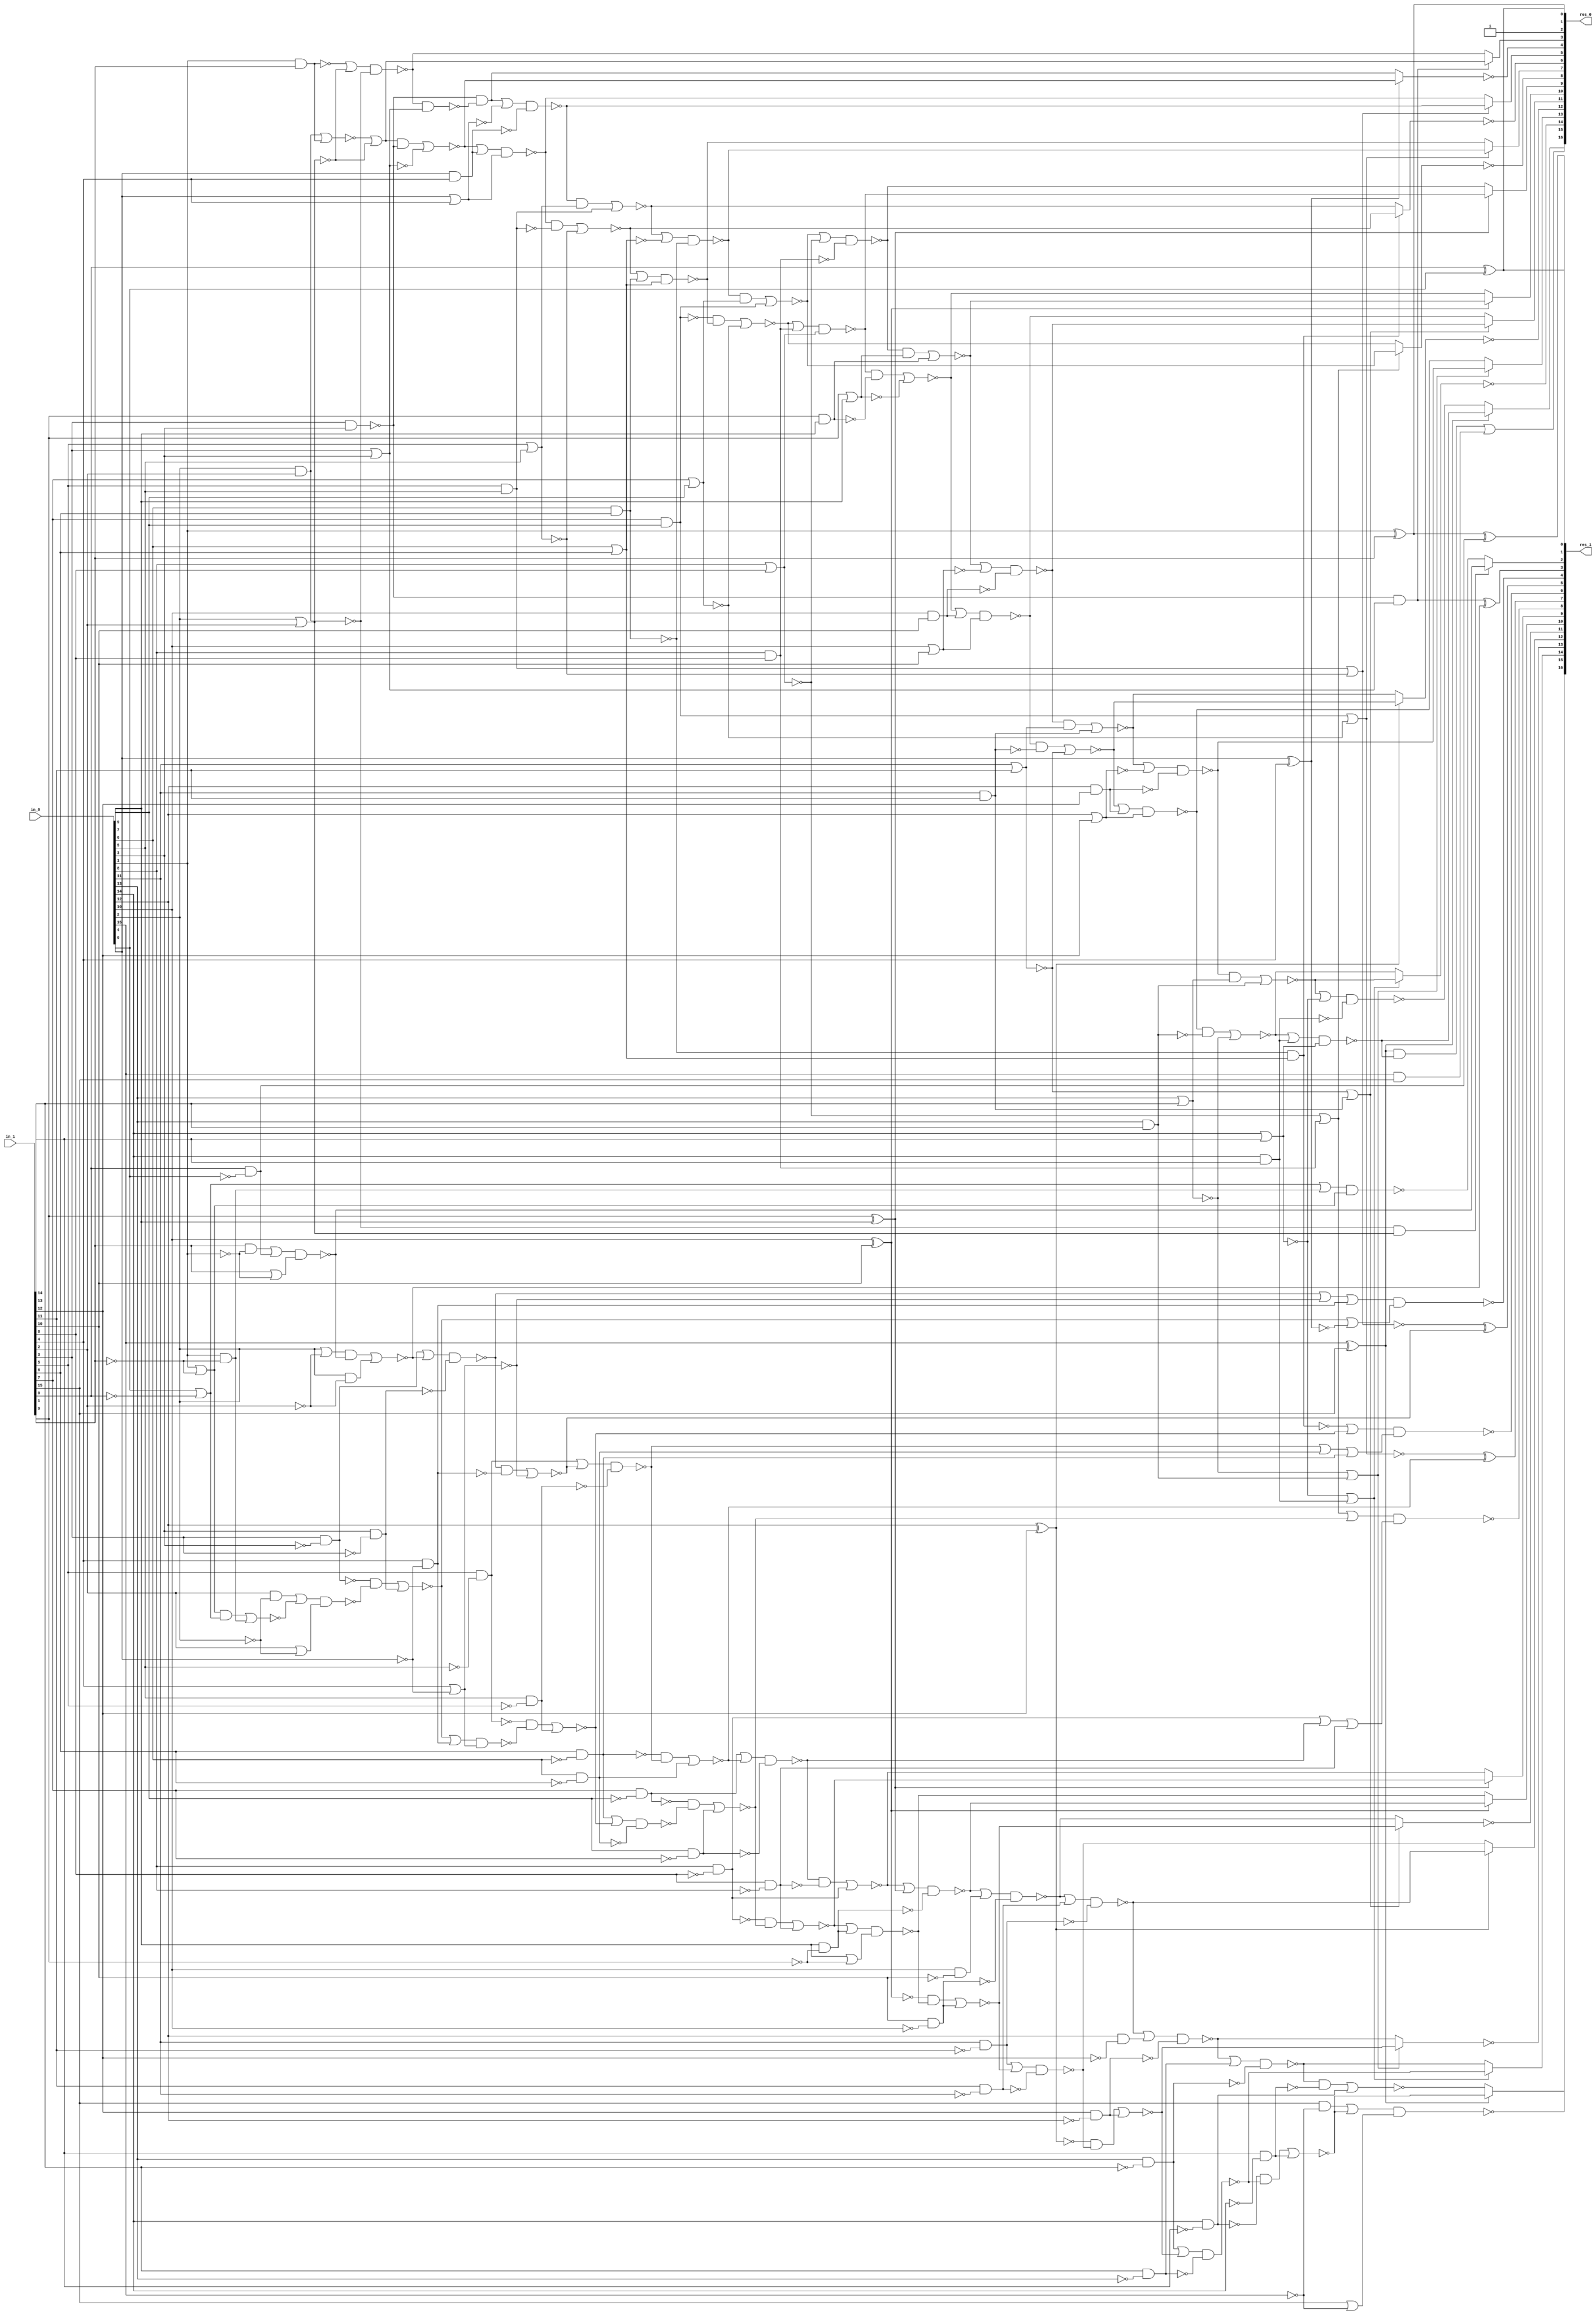
/* Generated by Yosys 0.8+634 (git sha1 3414ee1, clang 3.8.0-2ubuntu4 -fPIC -Os) */

module buttfly(in_0, in_1, res_0, res_1);
  wire _000_;
  wire _001_;
  wire _002_;
  wire _003_;
  wire _004_;
  wire _005_;
  wire _006_;
  wire _007_;
  wire _008_;
  wire _009_;
  wire _010_;
  wire _011_;
  wire _012_;
  wire _013_;
  wire _014_;
  wire _015_;
  wire _016_;
  wire _017_;
  wire _018_;
  wire _019_;
  wire _020_;
  wire _021_;
  wire _022_;
  wire _023_;
  wire _024_;
  wire _025_;
  wire _026_;
  wire _027_;
  wire _028_;
  wire _029_;
  wire _030_;
  wire _031_;
  wire _032_;
  wire _033_;
  wire _034_;
  wire _035_;
  wire _036_;
  wire _037_;
  wire _038_;
  wire _039_;
  wire _040_;
  wire _041_;
  wire _042_;
  wire _043_;
  wire _044_;
  wire _045_;
  wire _046_;
  wire _047_;
  wire _048_;
  wire _049_;
  wire _050_;
  wire _051_;
  wire _052_;
  wire _053_;
  wire _054_;
  wire _055_;
  wire _056_;
  wire _057_;
  wire _058_;
  wire _059_;
  wire _060_;
  wire _061_;
  wire _062_;
  wire _063_;
  wire _064_;
  wire _065_;
  wire _066_;
  wire _067_;
  wire _068_;
  wire _069_;
  wire _070_;
  wire _071_;
  wire _072_;
  wire _073_;
  wire _074_;
  wire _075_;
  wire _076_;
  wire _077_;
  wire _078_;
  wire _079_;
  wire _080_;
  wire _081_;
  wire _082_;
  wire _083_;
  wire _084_;
  wire _085_;
  wire _086_;
  wire _087_;
  wire _088_;
  wire _089_;
  wire _090_;
  wire _091_;
  wire _092_;
  wire _093_;
  wire _094_;
  wire _095_;
  wire _096_;
  wire _097_;
  wire _098_;
  wire _099_;
  wire _100_;
  wire _101_;
  wire _102_;
  wire _103_;
  wire _104_;
  wire _105_;
  wire _106_;
  wire _107_;
  wire _108_;
  wire _109_;
  wire _110_;
  wire _111_;
  wire _112_;
  wire _113_;
  wire _114_;
  wire _115_;
  wire _116_;
  wire _117_;
  wire _118_;
  wire _119_;
  wire _120_;
  wire _121_;
  wire _122_;
  wire _123_;
  wire _124_;
  wire _125_;
  wire _126_;
  wire _127_;
  wire _128_;
  wire _129_;
  wire _130_;
  wire _131_;
  wire _132_;
  wire _133_;
  wire _134_;
  wire _135_;
  wire _136_;
  wire _137_;
  wire _138_;
  wire _139_;
  wire _140_;
  wire _141_;
  wire _142_;
  wire _143_;
  wire _144_;
  wire _145_;
  wire _146_;
  wire _147_;
  wire _148_;
  wire _149_;
  wire _150_;
  wire _151_;
  wire _152_;
  wire _153_;
  wire _154_;
  wire _155_;
  wire _156_;
  wire _157_;
  wire _158_;
  wire _159_;
  wire _160_;
  wire _161_;
  wire _162_;
  wire _163_;
  wire _164_;
  wire _165_;
  wire _166_;
  wire _167_;
  wire _168_;
  wire _169_;
  wire _170_;
  wire _171_;
  wire _172_;
  wire _173_;
  wire _174_;
  wire _175_;
  wire _176_;
  wire _177_;
  wire _178_;
  wire _179_;
  wire _180_;
  wire _181_;
  wire _182_;
  wire _183_;
  wire _184_;
  wire _185_;
  wire \U0.U15.new_n8 ;
  wire \U0.U20.new_n8 ;
  wire \U0.U25.new_n3 ;
  wire \U0.U40.new_n7 ;
  wire \U0.U45.new_n5 ;
  wire \U0.U6.new_n6 ;
  wire \U0.po00 ;
  wire \U0.po03 ;
  wire \U0.po04 ;
  wire \U0.po05 ;
  wire \U0.po06 ;
  wire \U0.po07 ;
  wire \U0.po08 ;
  wire \U0.po09 ;
  wire \U0.po11 ;
  wire \U0.po12 ;
  wire \U0.po13 ;
  wire \U0.po14 ;
  wire \U0.po15 ;
  wire \U0.po16 ;
  wire \U0.po18 ;
  wire \U0.po19 ;
  wire \U0.po20 ;
  wire \U0.po21 ;
  wire \U0.po23 ;
  wire \U0.po25 ;
  wire \U0.po27 ;
  wire \U0.po28 ;
  wire \U0.po29 ;
  wire \U0.po30 ;
  wire \U0.po31 ;
  wire \U0.po33 ;
  input [15:0] in_0;
  input [15:0] in_1;
  output [16:0] res_0;
  output [16:0] res_1;
  assign _151_ = in_1[15] | ~(in_0[15]);
  assign _152_ = in_1[14] & ~(in_0[14]);
  assign _153_ = in_1[13] & ~(in_0[13]);
  assign _154_ = ~_153_;
  assign _155_ = in_1[12] & ~(in_0[12]);
  assign _156_ = in_1[11] & ~(in_0[11]);
  assign _157_ = ~_156_;
  assign _158_ = in_1[10] & ~(in_0[10]);
  assign _159_ = in_0[9] & ~(in_1[9]);
  assign _160_ = in_0[9] | ~(in_1[9]);
  assign _161_ = in_1[8] & ~(in_0[8]);
  assign _162_ = in_0[7] & ~(in_1[7]);
  assign _163_ = in_0[6] & ~(in_1[6]);
  assign _164_ = ~_163_;
  assign _165_ = in_0[5] & ~(in_1[5]);
  assign _166_ = in_1[4] & ~(in_0[4]);
  assign _167_ = in_1[4] | ~(in_0[4]);
  assign _168_ = in_0[3] & ~(in_1[3]);
  assign _169_ = in_1[2] | ~(in_0[2]);
  assign _170_ = in_0[1] & ~(in_1[1]);
  assign _171_ = in_0[0] | ~(in_1[0]);
  assign _172_ = in_0[1] | ~(in_1[1]);
  assign _173_ = ~((_172_ & _171_) | _170_);
  assign _174_ = in_1[2] & ~(in_0[2]);
  assign _175_ = ~((_174_ | _173_) & _169_);
  assign _176_ = in_1[3] & ~(in_0[3]);
  assign _177_ = ~_176_;
  assign _178_ = ~((_177_ & _175_) | _168_);
  assign _179_ = ~((_178_ | _166_) & _167_);
  assign _180_ = in_1[5] & ~(in_0[5]);
  assign _181_ = ~_180_;
  assign _182_ = ~((_181_ & _179_) | _165_);
  assign _183_ = in_1[6] & ~(in_0[6]);
  assign _184_ = ~((_183_ | _182_) & _164_);
  assign _185_ = in_1[7] & ~(in_0[7]);
  assign _000_ = ~_185_;
  assign _001_ = ~((_000_ & _184_) | _162_);
  assign _002_ = in_0[8] & ~(in_1[8]);
  assign _003_ = ~_002_;
  assign _004_ = ~((_003_ & _001_) | _161_);
  assign _005_ = ~((_004_ | _159_) & _160_);
  assign _006_ = ~(in_0[10] ^ in_1[10]);
  assign _007_ = ~((_006_ & _005_) | _158_);
  assign _008_ = in_0[11] & ~(in_1[11]);
  assign _009_ = ~((_008_ | _007_) & _157_);
  assign _010_ = ~(in_0[12] ^ in_1[12]);
  assign _011_ = ~((_010_ & _009_) | _155_);
  assign _012_ = in_0[13] & ~(in_1[13]);
  assign _013_ = ~((_012_ | _011_) & _154_);
  assign _014_ = in_0[14] & ~(in_1[14]);
  assign _015_ = ~_014_;
  assign _016_ = ~((_015_ & _013_) | _152_);
  assign _017_ = in_1[15] & ~(in_0[15]);
  assign \U0.po33  = ~((_017_ | _016_) & _151_);
  assign _018_ = in_0[14] & in_1[14];
  assign _019_ = ~(in_0[14] | in_1[14]);
  assign _020_ = ~(_019_ | _018_);
  assign _021_ = ~_012_;
  assign _022_ = ~_155_;
  assign _023_ = in_0[12] & ~(in_1[12]);
  assign _024_ = ~_008_;
  assign _025_ = ~_158_;
  assign _026_ = in_0[10] & ~(in_1[10]);
  assign _027_ = ~_159_;
  assign _028_ = ~(in_1[9] ^ in_0[9]);
  assign _029_ = ~_028_;
  assign _030_ = ~_161_;
  assign _031_ = ~_162_;
  assign _032_ = ~_165_;
  assign _033_ = ~_166_;
  assign _034_ = ~_167_;
  assign _035_ = ~_168_;
  assign _036_ = in_0[2] & ~(in_1[2]);
  assign _037_ = in_1[1] | ~(in_0[1]);
  assign _038_ = in_1[0] & ~(in_0[0]);
  assign _039_ = in_1[1] & ~(in_0[1]);
  assign _040_ = ~((_039_ | _038_) & _037_);
  assign _041_ = in_0[2] | ~(in_1[2]);
  assign _042_ = ~((_041_ & _040_) | _036_);
  assign _043_ = ~((_176_ | _042_) & _035_);
  assign _044_ = ~((_043_ & _033_) | _034_);
  assign _045_ = ~((_180_ | _044_) & _032_);
  assign _046_ = ~_183_;
  assign _047_ = ~((_046_ & _045_) | _163_);
  assign _048_ = ~((_185_ | _047_) & _031_);
  assign _049_ = ~((_048_ & _030_) | _002_);
  assign _050_ = ~((_049_ | _029_) & _027_);
  assign _051_ = ~((_050_ | _026_) & _025_);
  assign _052_ = ~((_051_ | _156_) & _024_);
  assign _053_ = ~((_052_ | _023_) & _022_);
  assign _054_ = ~((_053_ | _153_) & _021_);
  assign \U0.po31  = _020_ ? _054_ : _013_;
  assign _055_ = in_0[13] & in_1[13];
  assign _056_ = ~(in_0[13] | in_1[13]);
  assign _057_ = ~(_056_ | _055_);
  assign \U0.po30  = !(_057_ ? _053_ : _011_);
  assign \U0.po29  = _010_ ? _009_ : _052_;
  assign _058_ = in_0[11] & in_1[11];
  assign _059_ = ~(in_0[11] | in_1[11]);
  assign _060_ = ~(_059_ | _058_);
  assign \U0.po28  = !(_060_ ? _051_ : _007_);
  assign \U0.po27  = _006_ ? _005_ : _050_;
  assign _061_ = _002_ | _048_;
  assign _062_ = in_0[8] & in_1[8];
  assign _063_ = ~(in_0[8] | in_1[8]);
  assign _064_ = ~(_063_ | _062_);
  assign _065_ = ~_064_;
  assign \U0.po25  = ~((_065_ | _001_) & (_061_ | _161_));
  assign _066_ = _045_ | _163_;
  assign _067_ = ~(in_0[6] & in_1[6]);
  assign _068_ = ~(in_0[6] | in_1[6]);
  assign _069_ = _067_ & ~(_068_);
  assign _070_ = ~_069_;
  assign \U0.po23  = ~((_070_ | _182_) & (_066_ | _183_));
  assign _071_ = _043_ | _034_;
  assign _072_ = ~(in_0[4] ^ in_1[4]);
  assign _073_ = _178_ | _072_;
  assign \U0.po21  = ~((_071_ | _166_) & _073_);
  assign _074_ = ~(in_1[3] & in_0[3]);
  assign _075_ = ~(in_1[3] | in_0[3]);
  assign _076_ = _074_ & ~(_075_);
  assign \U0.po20  = _076_ ^ _042_;
  assign _077_ = ~(in_0[2] & in_1[2]);
  assign _078_ = ~(in_0[2] | in_1[2]);
  assign _079_ = _077_ & ~(_078_);
  assign _080_ = ~((_171_ | _170_) & _172_);
  assign \U0.po19  = _079_ ? _040_ : _080_;
  assign \U0.U25.new_n3  = in_0[1] ^ in_1[1];
  assign \U0.po18  = \U0.U25.new_n3  ^ _038_;
  assign _081_ = in_0[15] & in_1[15];
  assign _082_ = ~_019_;
  assign _083_ = ~_055_;
  assign _084_ = ~(in_0[12] | in_1[12]);
  assign _085_ = ~_084_;
  assign _086_ = in_0[12] & in_1[12];
  assign _087_ = ~_058_;
  assign _088_ = ~(in_0[10] | in_1[10]);
  assign _089_ = ~_088_;
  assign _090_ = in_0[10] & in_1[10];
  assign _091_ = ~(in_1[9] | in_0[9]);
  assign _092_ = in_1[9] & in_0[9];
  assign _093_ = ~_092_;
  assign _094_ = ~_063_;
  assign _095_ = ~(in_1[7] | in_0[7]);
  assign _096_ = ~_067_;
  assign _097_ = ~_068_;
  assign _098_ = ~(in_1[5] | in_0[5]);
  assign _099_ = in_1[5] & in_0[5];
  assign _100_ = ~_099_;
  assign _101_ = ~(in_0[4] | in_1[4]);
  assign _102_ = ~_101_;
  assign _103_ = in_0[4] & in_1[4];
  assign _104_ = ~((in_0[2] & in_1[2]) | (in_0[1] & in_1[1]));
  assign _105_ = _104_ | _078_;
  assign _106_ = ~((_105_ & _074_) | _075_);
  assign _107_ = ~((_106_ | _103_) & _102_);
  assign _108_ = ~((_107_ & _100_) | _098_);
  assign _109_ = ~((_108_ | _096_) & _097_);
  assign _110_ = in_1[7] & in_0[7];
  assign _111_ = ~_110_;
  assign _112_ = ~((_111_ & _109_) | _095_);
  assign _113_ = ~((_112_ | _062_) & _094_);
  assign _114_ = ~((_113_ & _093_) | _091_);
  assign _115_ = ~((_114_ | _090_) & _089_);
  assign _116_ = ~((_115_ & _087_) | _059_);
  assign _117_ = ~((_116_ | _086_) & _085_);
  assign _118_ = ~((_117_ & _083_) | _056_);
  assign _119_ = ~((_118_ | _018_) & _082_);
  assign _120_ = in_0[15] ^ in_1[15];
  assign _121_ = _120_ & _119_;
  assign \U0.po16  = _121_ | _081_;
  assign _122_ = ~_018_;
  assign _123_ = ~_056_;
  assign _124_ = ~_086_;
  assign _125_ = ~_059_;
  assign _126_ = ~_090_;
  assign _127_ = ~_091_;
  assign _128_ = ~_062_;
  assign _129_ = ~_095_;
  assign _130_ = ~_098_;
  assign _131_ = ~_103_;
  assign _132_ = ~(in_0[1] & in_1[1]);
  assign _133_ = ~((_132_ | _078_) & _077_);
  assign _134_ = _133_ & ~(_075_);
  assign _135_ = _074_ & ~(_134_);
  assign _136_ = ~((_135_ | _101_) & _131_);
  assign _137_ = ~((_136_ & _130_) | _099_);
  assign _138_ = ~((_137_ | _068_) & _067_);
  assign _139_ = ~((_138_ & _129_) | _110_);
  assign _140_ = ~((_139_ | _063_) & _128_);
  assign _141_ = ~((_140_ & _127_) | _092_);
  assign _142_ = ~((_141_ | _088_) & _126_);
  assign _143_ = ~((_142_ & _125_) | _058_);
  assign _144_ = ~((_143_ | _084_) & _124_);
  assign _145_ = ~((_144_ & _123_) | _055_);
  assign _146_ = ~((_145_ | _019_) & _122_);
  assign \U0.po15  = _120_ ? _119_ : _146_;
  assign \U0.po14  = !(_020_ ? _118_ : _145_);
  assign \U0.po13  = _057_ ? _117_ : _144_;
  assign \U0.po12  = !(_010_ ? _143_ : _116_);
  assign \U0.po11  = _060_ ? _115_ : _142_;
  assign \U0.po09  = _028_ ? _140_ : _113_;
  assign \U0.po08  = !(_065_ ? _139_ : _112_);
  assign _147_ = ~(_110_ | _095_);
  assign \U0.po07  = _147_ ? _109_ : _138_;
  assign \U0.po06  = !(_070_ ? _137_ : _108_);
  assign _148_ = ~(_099_ | _098_);
  assign \U0.po05  = _148_ ? _107_ : _136_;
  assign \U0.po04  = !(_072_ ? _135_ : _106_);
  assign \U0.po03  = _076_ ? _105_ : _133_;
  assign \U0.po00  = in_1[0] ^ in_0[0];
  assign \U0.U20.new_n8  = _028_ ? _049_ : _004_;
  assign \U0.U15.new_n8  = _006_ ? _114_ : _141_;
  assign _149_ = ~_152_;
  assign _150_ = ~((_054_ & _149_) | _014_);
  assign \U0.U6.new_n6  = _120_ ? _016_ : _150_;
  assign \U0.U40.new_n7  = _148_ ^ _044_;
  assign \U0.U45.new_n5  = _147_ ^ _047_;
  assign res_0 = { \U0.po16 , \U0.po15 , \U0.po14 , \U0.po13 , \U0.po12 , \U0.po11 , \U0.U15.new_n8 , \U0.po09 , \U0.po08 , \U0.po07 , \U0.po06 , \U0.po05 , \U0.po04 , \U0.po03 , 1'h1, \U0.U25.new_n3 , \U0.po00  };
  assign res_1 = { \U0.po33 , \U0.U6.new_n6 , \U0.po31 , \U0.po30 , \U0.po29 , \U0.po28 , \U0.po27 , \U0.U20.new_n8 , \U0.po25 , \U0.U45.new_n5 , \U0.po23 , \U0.U40.new_n7 , \U0.po21 , \U0.po20 , \U0.po19 , \U0.po18 , \U0.po00  };
endmodule